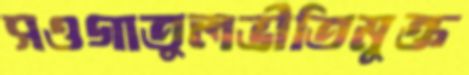
সওগাতুলভীতিমুক্ত